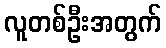
လူတစ်ဦးအတွက်